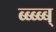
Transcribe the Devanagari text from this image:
ब्ब्ब्ब्ब्